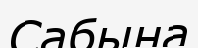
Сабына